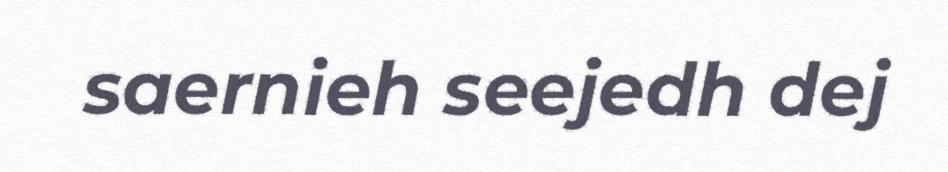
saernieh seejedh dej